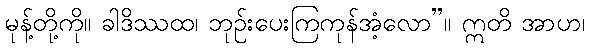
မုန့်တို့ကို။ ခါဒိဿထ၊ ဘုဉ်းပေးကြကုန်အံ့လော”။ ဣတိ အာဟ၊